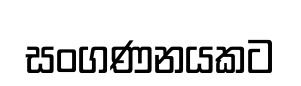
සංගණනයකට